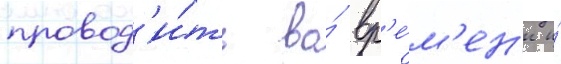
провод'и́ть во́ вр'е́м'ен'и и́